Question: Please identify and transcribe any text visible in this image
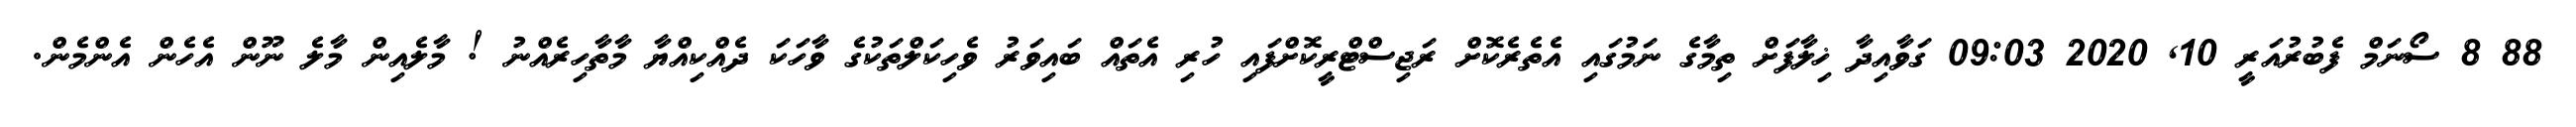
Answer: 88 8 ސޯނަމް ފެބުރުއަރީ 10, 2020 09:03 ގަވާއިދާ ޚިލާފަށް ތިމާގެ ނަމުގައި އެތެރެކޮށް ރަޖިސްޓްރީކޮށްފައި ހުރި އެތައް ބައިވަރު ވެހިކަލްތަކުގެ ވާހަކަ ދެއްކިއްޔާ މާތާހިރެއްނު ! މާލެއިން މާލެ ނޫން އެހެން އެންމެން.